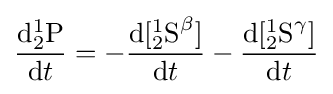
{\frac {{\mathrm {d} }{_{2}^{1}}{\ce {P}}}{{\mathrm {d} }t}}=-{\frac {{\mathrm {d} }[{^{1}_{2}}{\ce {S}}^{\beta }]}{{\mathrm {d} }t}}-{\frac {{\mathrm {d} }[{^{1}_{2}}{\ce {S}}^{\gamma }]}{{\mathrm {d} }t}}